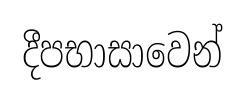
දීපභාසාවෙන්